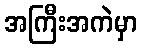
အကြီးအကဲမှာ